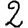
Digit: 2